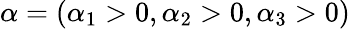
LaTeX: \alpha=(\alpha_{1}>0,\alpha_{2}>0,\alpha_{3}>0)